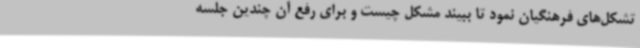
تشکل‌های فرهنگیان نمود تا ببیند مشکل چیست و برای رفع آن چندین جلسه